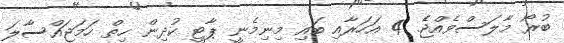
ބުރޯ މާލަސްވެއްްޖެެ. 4 އަހަރާއި ބައި މިނިމެނީ ޕާޓީ ކުދިން ހިތް ހަމަޖައްސާލަ